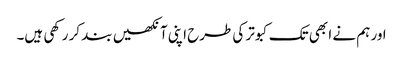
اور ہم نے ا بھی تک کبوتر کی طرح اپنی آنکھیں بند کر رکھی ہیں۔